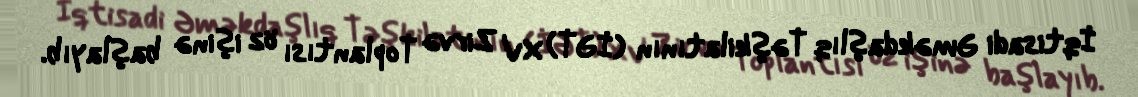
İqtisadi Əməkdaşlıq Təşkilatının (İƏT) XV Zirvə Toplantısı öz işinə başlayıb.